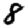
Digit: 8